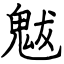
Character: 魃